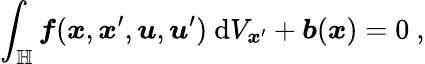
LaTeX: \int_{\mathbb{H}}\boldsymbol{f}(\boldsymbol{x},\boldsymbol{x}^{\prime},\boldsymbol{u},\boldsymbol{u}^{\prime})\ \textup{d}V_{\boldsymbol{x}^{\prime}}+\boldsymbol{b}(\boldsymbol{x})=0\ ,